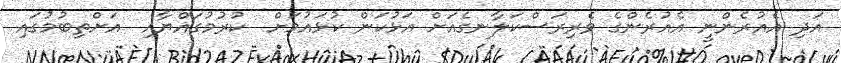
އަދި އެއުރެންނީ އެއުރެންގެ ވެރިރަސްކަލާނގެއަށް އަޅުކަން ކުޅައުމަށް  ކުރުމުގައްޔާއި  އަށްތިބުމުގައި